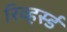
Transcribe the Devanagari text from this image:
रिव्हर्स्ड